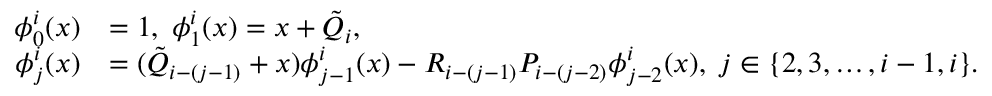
\begin{array} { r l } { \phi _ { 0 } ^ { i } ( x ) } & { = 1 , \; \phi _ { 1 } ^ { i } ( x ) = x + \Tilde { Q } _ { i } , \; } \\ { \phi _ { j } ^ { i } ( x ) } & { = ( \Tilde { Q } _ { i - ( j - 1 ) } + x ) \phi _ { j - 1 } ^ { i } ( x ) - R _ { i - ( j - 1 ) } P _ { i - ( j - 2 ) } \phi _ { j - 2 } ^ { i } ( x ) , \; j \in \{ 2 , 3 , \ldots , i - 1 , i \} . } \end{array}